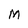
Character: M